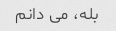
بله، می دانم